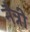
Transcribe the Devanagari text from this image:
नैन्नी